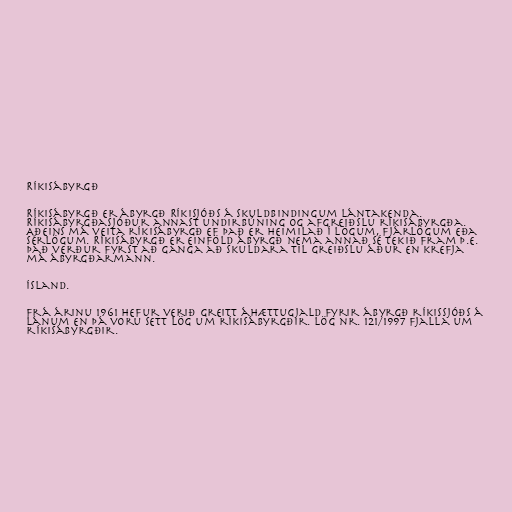
Ríkisábyrgð

Ríkisábyrgð er ábyrgð Ríkisjóðs á skuldbindingum lántakenda.
Ríkisábyrgðasjóður annast undirbúning og afgreiðslu ríkisábyrgða.
Aðeins má veita ríkisábyrgð ef það er heimilað í lögum, fjárlögum eða
sérlögum. Ríkisábyrgð er einföld ábyrgð nema annað sé tekið fram þ.e.
það verður fyrst að ganga að skuldara til greiðslu áður en krefja
má ábyrgðarmann.

Ísland.

Frá árinu 1961 hefur verið greitt áhættugjald fyrir ábyrgð ríkissjóðs á
lánum en þá voru sett lög um ríkisábyrgðir. Lög nr. 121/1997 fjalla um
ríkisábyrgðir.